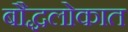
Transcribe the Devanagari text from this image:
बौद्धलोकात